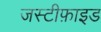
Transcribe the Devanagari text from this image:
जस्टीफ़ाइड